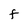
Character: F